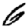
Digit: 6